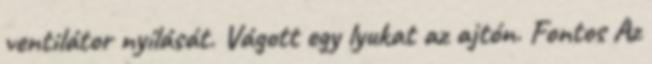
ventilátor nyílását. Vágott egy lyukat az ajtón. Fontos Az